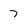
Character: 7